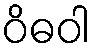
ဝိဓဝါ